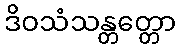
ဒိဝသံသန္တတ္တော